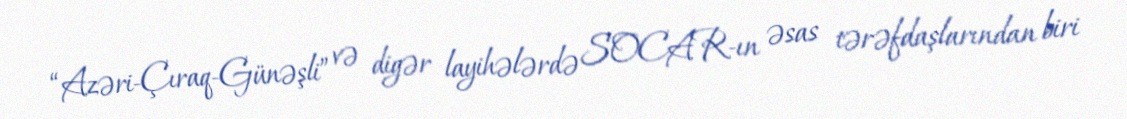
“Azəri-Çıraq-Günəşli” və digər layihələrdə SOCAR-ın əsas tərəfdaşlarından biri